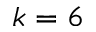
k = 6